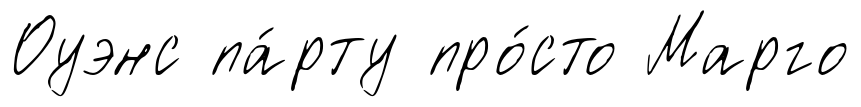
Оуэнс па́рту про́сто Марго